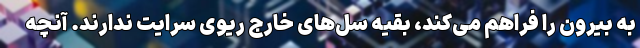
به بیرون را فراهم می‌کند، بقیه‌ سل‌های خارج ریوی سرایت ندارند. آنچه